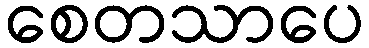
စေတသာပေ